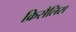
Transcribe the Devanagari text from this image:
क्रिसैलिस